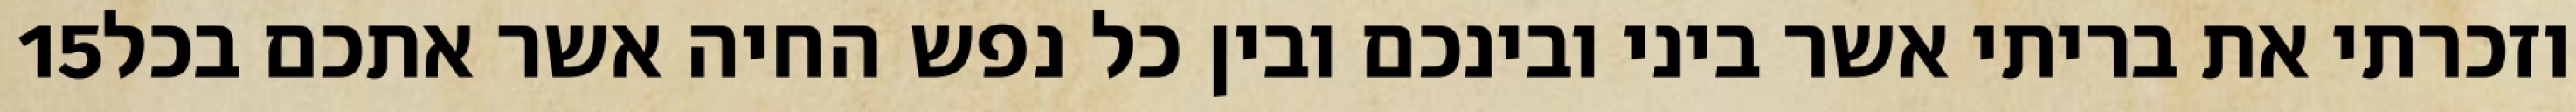
‎15‏ וזכרתי את בריתי אשר ביני ובינכם ובין כל נפש החיה אשר אתכם בכל